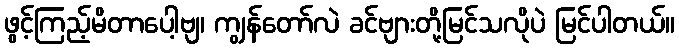
ဖွင့်ကြည့်မိတာပေါ့ဗျ၊ ကျွန်တော်လဲ ခင်ဗျားတို့မြင်သလိုပဲ မြင်ပါတယ်။